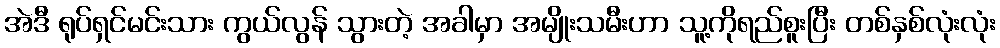
အဲဒီ ရုပ်ရှင်မင်းသား ကွယ်လွန် သွားတဲ့ အခါမှာ အမျိုးသမီးဟာ သူ့ကိုရည်စူးပြီး တစ်နှစ်လုံးလုံး